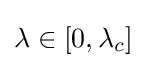
\lambda \in [0,\lambda _{c}]